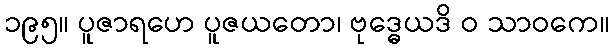
၁၉၅။ ပူဇာရဟေ ပူဇယတော၊ ဗုဒ္ဓေယဒိ ဝ သာဝကေ။